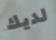
لديك